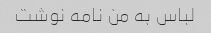
لباس به من نامه نوشت